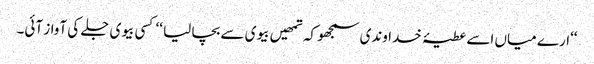
‘‘ارے میاں اسے عطیۂ خداوندی سمجھو کہ تمھیں بیوی سے بچا لیا ‘‘ کسی بیوی جلے کی آواز آئی۔